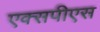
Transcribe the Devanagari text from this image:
एक्सपीएस